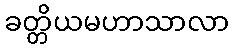
ခတ္တိယမဟာသာလာ